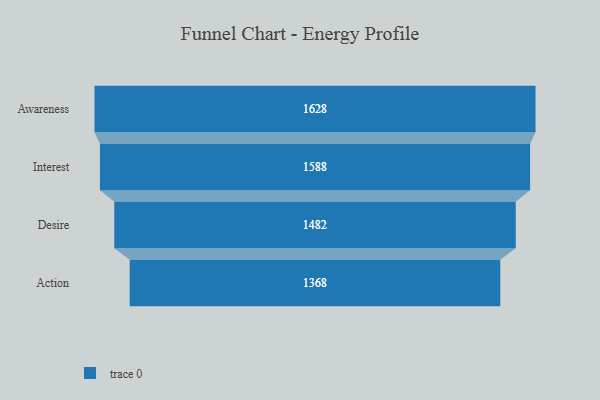
{"axis": {"x": "Stage", "y": "Value"}, "legend": [""], "data": [{"x": "Awareness", "y": 1628.0, "type": ""}, {"x": "Interest", "y": 1588.0, "type": ""}, {"x": "Desire", "y": 1482.0, "type": ""}, {"x": "Action", "y": 1368.0, "type": ""}]}